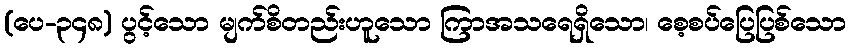
(ပေ-၃၄၈) ပွင့်သော မျက်စိတည်းဟူသော ကြာအသရေရှိသော၊ စေ့စပ်ပြေပြစ်သော